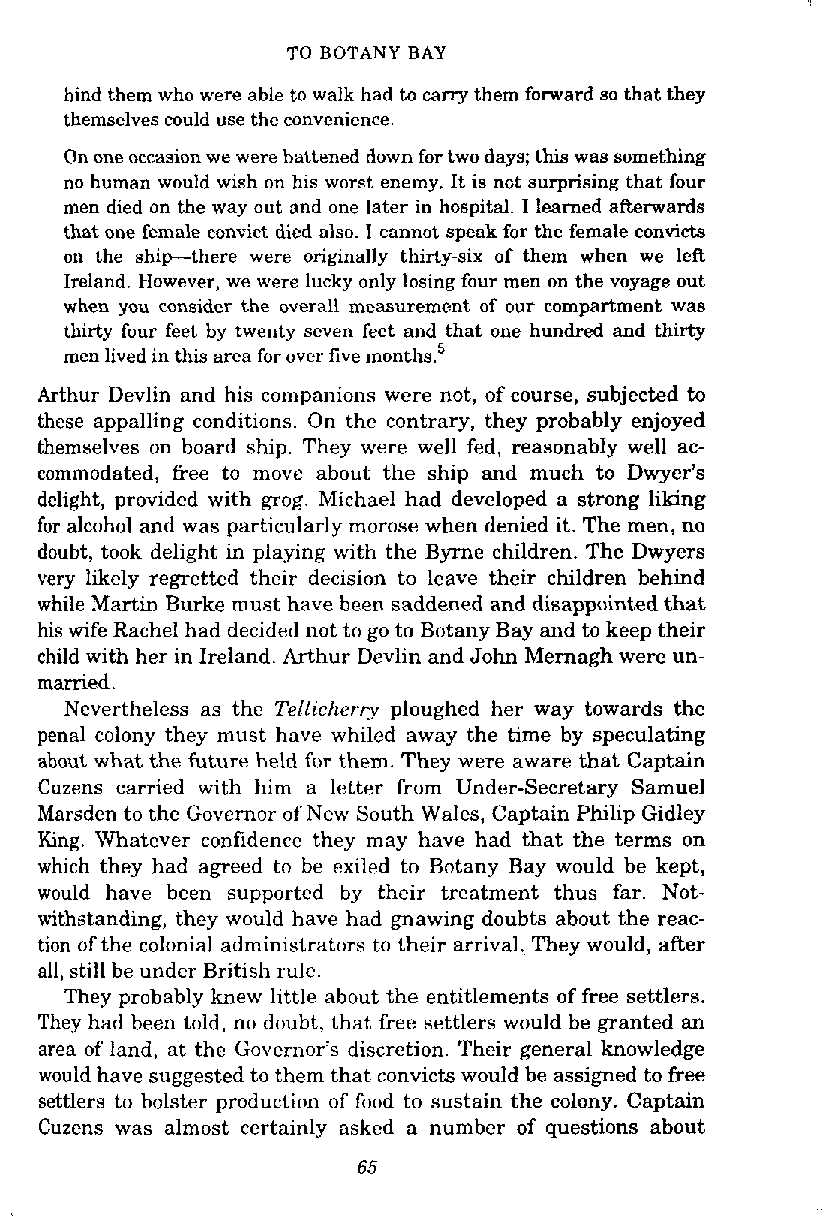
TOBOTANYBAY
 hind them who were able to walk had to cany them forward so that they
 themselves could use the convenience.
 On one occasion we were battened down for two days; this was something
 no human would wish on his worst enemy. It is not surprising that four
 men died on the way out and one later in hospital. I learned afterwards
 that one female convict died also. I cannot speak for the female convicts
 on the shipthere were originally thirty-six of them when we left
 Ireland. However, we were lucky only losing four men on the voyage out
 when you consider the overall measurement of our compartment was
 thirty four feet by twenty seven feet and that one hundred and thirty
 men lived in this area for over five month^.^
 Arthur Devlin and his companions were not, of course, subjected to
 these appalling conditions. On the contrary, they probably enjoyed
 themselves on board ship. They were well fed, reasonably well ac-
 commodated, free to move about the ship and much to Dwyer's
 delight, provided with grog. Michael had developed a strong liking
 for alcohol and was particularly morose when denied it. The men, no
 doubt, took delight in playing with the Byrne children. The Dwyers
 very likely regretted their decision to leave their children behind
 while Martin Burke must have been saddened and disappointed that
 his wife Rachel had decided not to go to Botany Bay and to keep their
 child with her in Ireland. Arthur Devlin and John Mernagh were un-
 married.
 Nevertheless as the Tellicherry ploughed her way towards the
 penal colony they must have whiled away the time by speculating
 about what the future held for them. They were aware that Captain
 Cuzens carried with him a letter from Under-Secretary Samuel
 Marsden to the Governor of New South Wales, Captain Philip Gidley
 King. Whatever confidence they may have had that the terms on
 which they had agreed to be exiled to Botany Bay would be kept,
 would have been supported by their treatment thus far. Not-
 withstanding, they would have had gnawing doubts about the reac-
 tion of the colonial admin~stratorsto their arrival. They would, after
 all, still be under British rule.
 They probably knew little about the entitlements of free settlers.
 They had been told, no doubt, that free settlers would be granted an
 area of land, at the Governor's discretion. Their general knowledge
 would have suggested to them that convicts would be assigned to free
 settlers to holster production of food to sustain the colony. Captain
 Cuzens was almost certainly asked a number of questions about
 65